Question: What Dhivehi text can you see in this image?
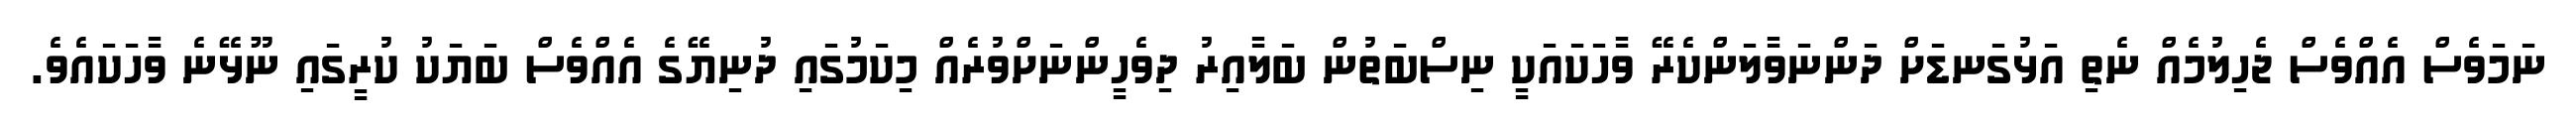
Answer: ނަމަވެސް އެއްވެސް ޖެހިލުމެއް ނެތި އަޅުގަނޑަށް ދަންނަވާލަންކެރޭ ވާހަކައަކީ ނިސްބަތުން ބަލާއިރު ދިވެހީންނަށްވުރެއް މިކަމުގައި ދުނިޔޭގެ އެއްވެސް ބަޔަކު ކުރީގައި ނޫޅޭނެ ވާހަކައެވެ.